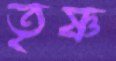
তৃষ্ণ